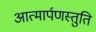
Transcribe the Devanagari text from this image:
आत्मार्पणस्तुति